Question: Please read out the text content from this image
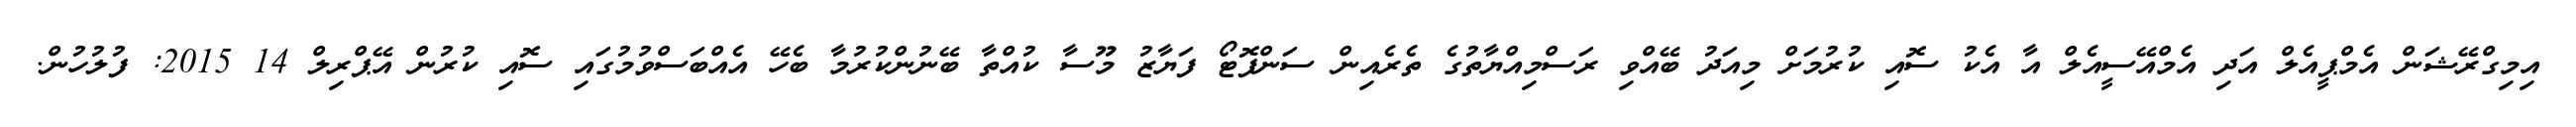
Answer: އިމިގްރޭޝަން އެމްޕީއެލް އަދި އެމްއޭސީއެލް އާ އެކު ސޮއި ކުރުމަށް މިއަދު ބޭއްވި ރަސްމިއްޔާތުގެ ތެރެއިން ސަންފޮޓޯ ފަޔާޒު މޫސާ ކުއްތާ ބޭނުންކުރުމާ ބެހޭ އެއްބަސްވުމުގައި ސޮއި ކުރުން އޭޕްރިލް 14 2015: ފުލުހުން.